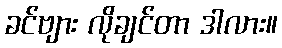
ခင်ဗျား လိုချင်တာ ဒါလား။